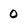
Character: 0